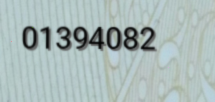
01394082